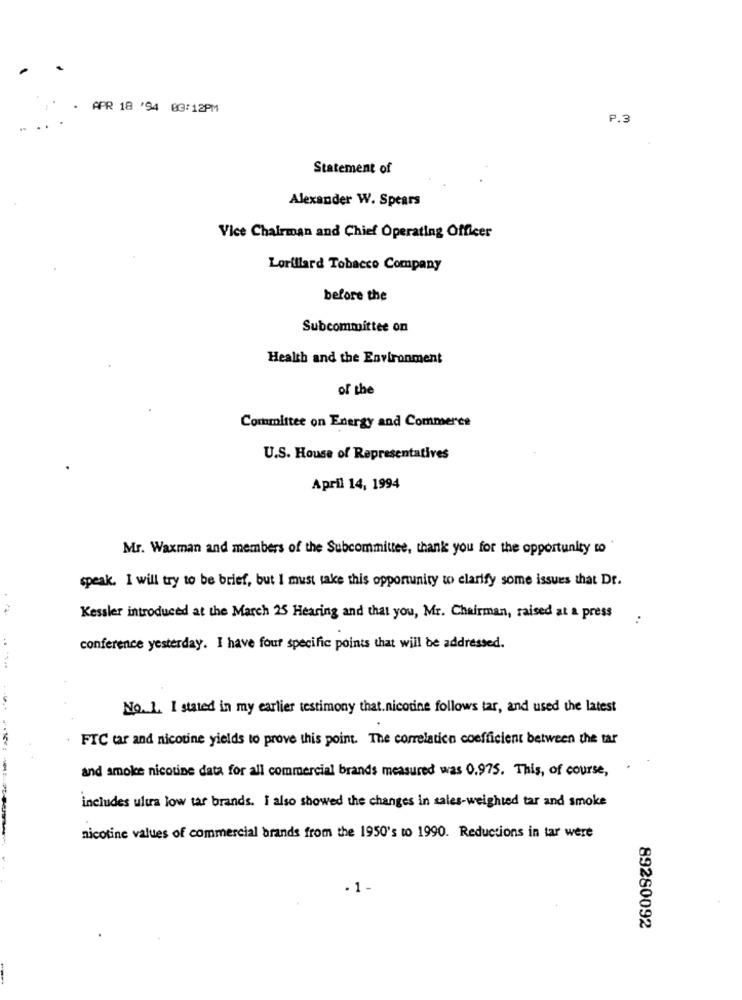
APR 18 '94 0G:12PM
P.3
Statement of
Alexander W. Spears
Vice Chairman and Chief Operating Officer
Lorillard Tobacco Company
before the
Subcommittee on
Health and the Environment
of the
Committee on Energy and Commerce
U.S. House of Representatives
April 14, 1994
Mr. Waxman and members of the Subcommittee, thank you for the opportunity to
speak. I will try to be brief, but I must take this opportunity to clarify some issues that Dr.
Kessler introduced at the March 25 Hearing and that you, Mr. Chairman, raised at a press
conference yesterday. I have four specific points that will be addressed.
No. 1. I stated in my earlier testimony that. nicotine follows tar, and used the latest
FTC tar and nicotine yields to prove this point. The correlation coefficient between the tar
-
and smoke nicotine data for all commercial brands measured was 0.975. This, of course,
includes ultra low tar brands. I also showed the changes in sales-weighted tar and smoke
nicotine values of commercial brands from the 1950's to 1990. Reductions in tar were
.1-
89280092